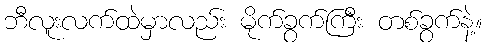
ဘီလူးလက်ထဲမှာလည်း မိုက်ခွက်ကြီး တစ်ခွက်နဲ့။